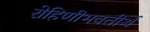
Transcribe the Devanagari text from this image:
रोहिणीभवतीर्थ